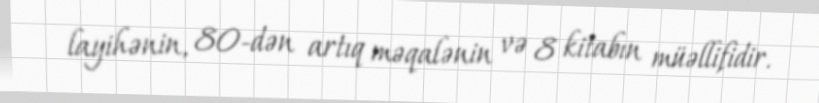
layihənin, 80-dən artıq məqalənin və 8 kitabın müəllifidir.